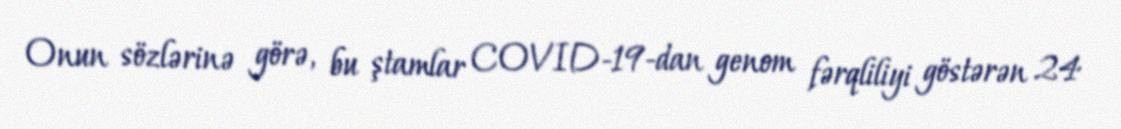
Onun sözlərinə görə, bu ştamlar COVID-19-dan genom fərqliliyi göstərən 24